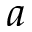
a _ { }